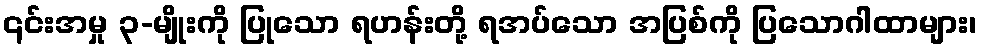
၎င်းအမှု ၃-မျိုးကို ပြုသော ရဟန်းတို့ ရအပ်သော အပြစ်ကို ပြသောဂါထာများ၊